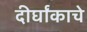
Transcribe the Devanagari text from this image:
दीर्घांकाचे